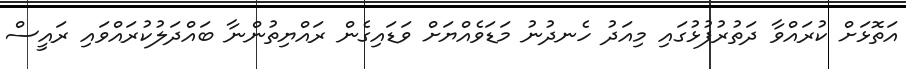
އަތޮޅަށް ކުރައްވާ ދަތުރުފުޅުގައި މިއަދު ހެނދުނު މަޑަވެއްޔަށް ވަޑައިގެން ރައްޔިތުންނާ ބައްދަލުކުރައްވައި ރައީސް